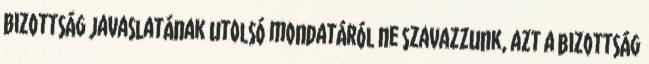
Bizottság javaslatának utolsó mondatáról ne szavazzunk, azt a bizottság